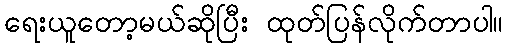
ရေးယူတော့မယ်ဆိုပြီး ထုတ်ပြန်လိုက်တာပါ။